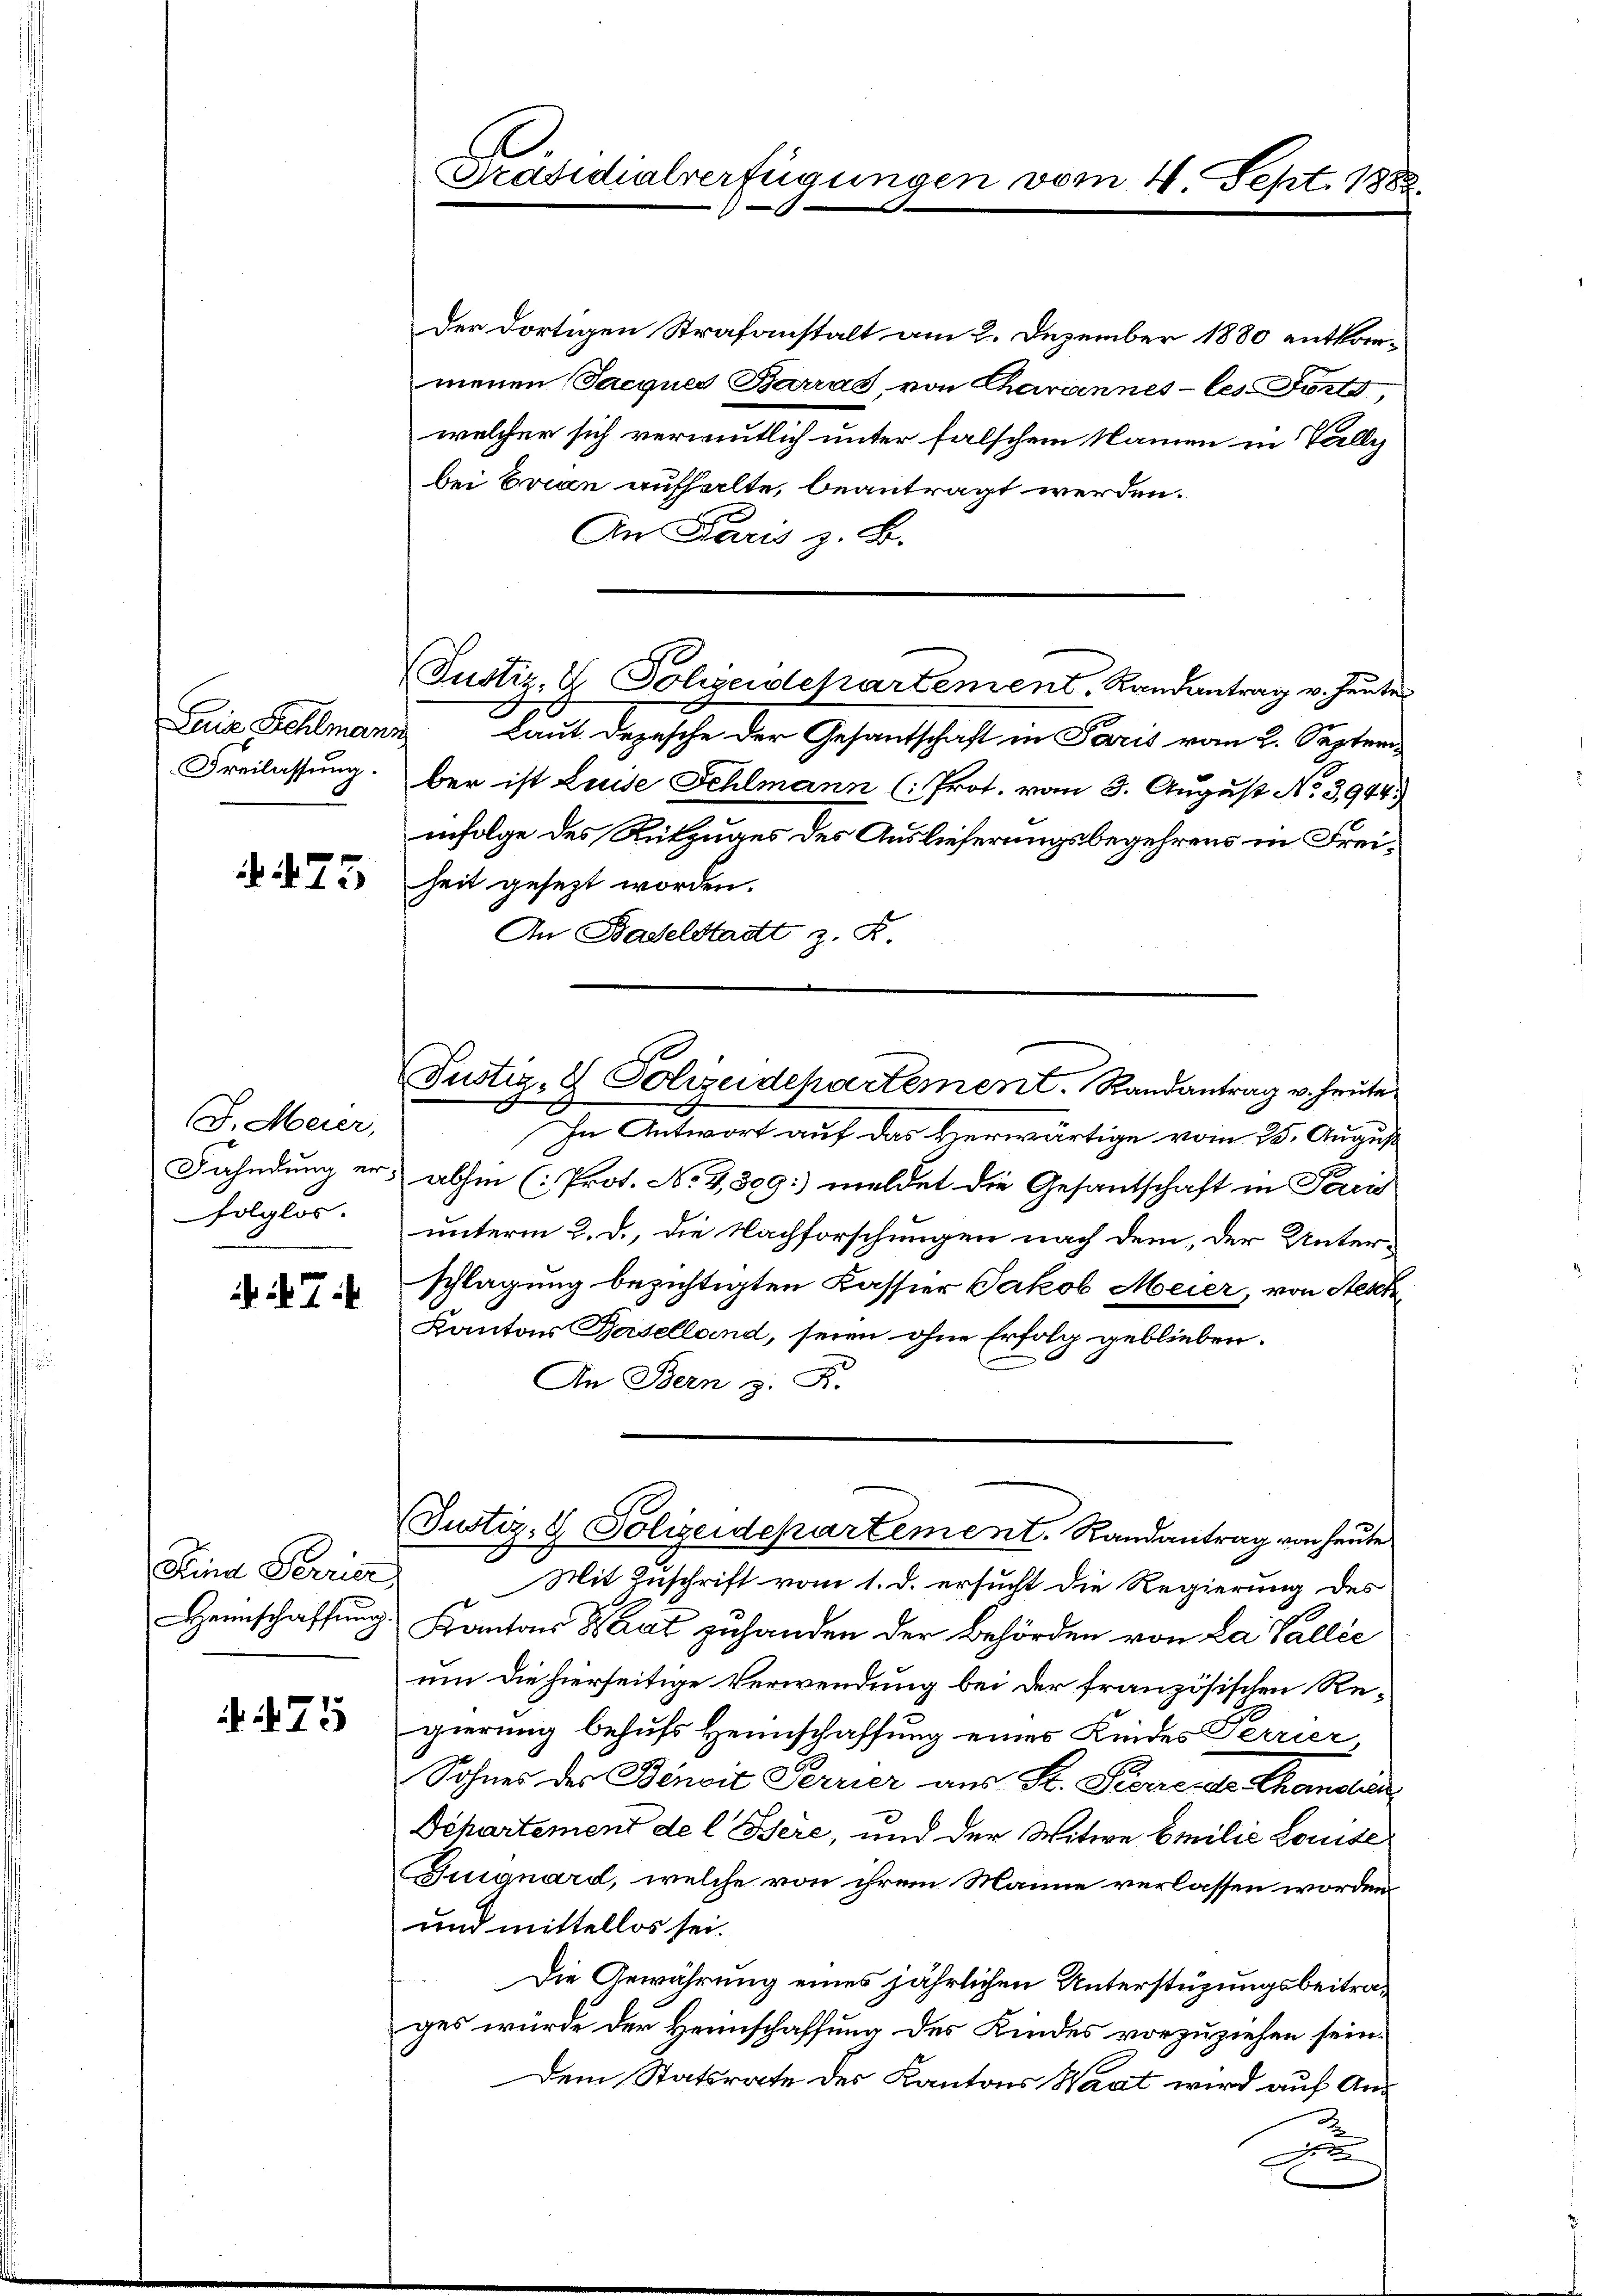
Luia Schlman.
Freilassung.

.75

J. Meier,
Fahndung erfolglos.

7

Heimschaffung.

75

Präsidialverfügungen vom 4. Sept. 1888.

Der dortigen Strafanstalt am 2. Dezember 1880 entkommenen (Sacques Barrat, von Charannes les dont
welcher sich vermutlich unter falschem Namen in Tally
bei Evian aufhalte, beantragt werden.
An Paris z. B.
 Laut. Dezesche der Gesantschaft in Paris vom 2. September ist Luise Fehlmann (: Prot. vom 3. August No. 3944.)
infolge des Rükzuges des Auslieferungsbegehrens in Freiheit gesezt worden.
An Badelstadt z. R.
In Antwort auf das Herwärtige vom 25. August
abhin (Prot. No 4,399: meldet die Gesantschaft in Par
unterm 2. d., die Nachforschungen nach dem, der Unterschlagung bezichtigten Kassier Jakob Meier, von Aesch
Kantons Baselland, seien ohne Erfolg geblieben.
An Bern z. K.
(Justiz- & Polizeidepartement. Randantrag von heute
Kind Terrier Mit Zuschrift vom 1. d. ersucht die Regierung des
Kanton Saat zuhanden der Behörden von La Vallie
um die hierseitige Verwendung bei der französischen Regierung behufs Heimschaffung eines Kindes Perrier
Sohnes der Benoit Perrier aus Sr. Korrerer Chandlun
Departement de l. Bere, und der Witwe Emilie Louise
Guignard, welche von ihrem Manne verlassen worden.
und mittellos sei.
Die Gewährung eines jährlichen Unterstüzungsbeitrages würde der Heimschaffung des Kindes vorzuziehen sein.
Dem Statsrate des Kantons Waat wird auf An¬
u

(Justiz- & Polizeidepartement. Randantrag v. Heute

Justiz- & Polizeidepartement. Randantrag v. heute